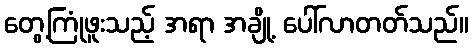
တွေ့ကြုံဖူးသည့် အရာ အချို့ ပေါ်လာတတ်သည်။